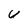
Character: U